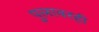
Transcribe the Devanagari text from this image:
पुलावरही